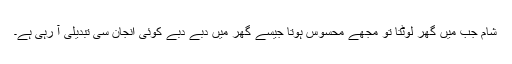
شام جب میں گھر لوٹتا تو مجھے محسوس ہوتا جیسے گھر میں دبے دبے کوئی انجان سی تبدیلی آ رہی ہے۔